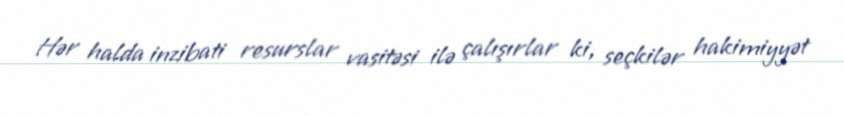
Hər halda inzibati resurslar vasitəsi ilə çalışırlar ki, seçkilər hakimiyyət